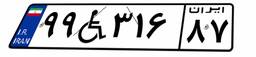
۹۹W۳۱۶۸۷